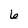
Character: 6